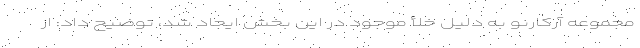
مجموعه آرکارنو به دلیل خلأ موجود در این بخش ایجاد شد، توضیح داد: از